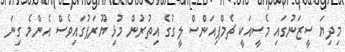
މިދިޔަ ސީޒަނުގައި މެސީއަކީ ޗެމްޕިއަންސް ލީގުގެ އިތުރުން މުޅި ޔޫރަޕުގައިވެސް އެންމެ ގިނަ